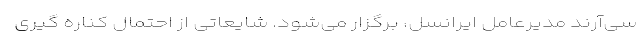
سی‌آرند مدیرعامل ایرانسل، برگزار می‌شود. شایعاتی از احتمال کناره گیری